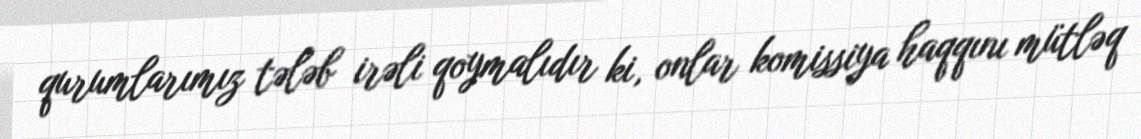
qurumlarımız tələb irəli qoymalıdır ki, onlar komissiya haqqını mütləq